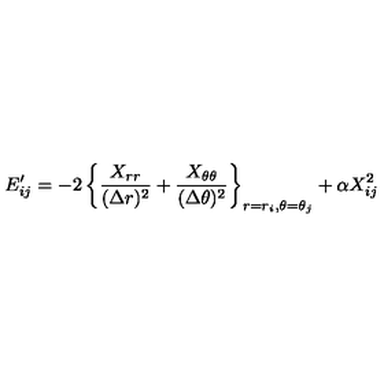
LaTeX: E _ { i j } ^ { \prime } = - 2 \left\{ \frac { X _ { r r } } { ( \Delta r ) ^ { 2 } } + \frac { X _ { \theta \theta } } { ( \Delta \theta ) ^ { 2 } } \right\} _ { r = r _ { i } , \theta = \theta _ { j } } + \alpha X _ { i j } ^ { 2 }